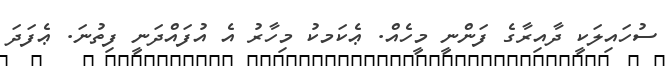
ސުހައިލަކީ ދާއިރާގެ ފަންނީ މީހެއް. ޢެކަމކު މިހާރު އެ އުފައްދަނީ ފިތުނަ. ޢެފަދަ